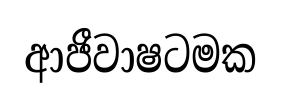
ආජීවාෂටමක